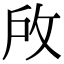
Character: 𢼄